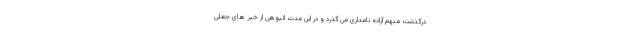
درگذشت مبهم آزاده نامداری می گذرد و در این مدت انبوهی از خبر های جعلی